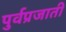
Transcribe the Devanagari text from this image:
पुर्वप्रजाती